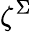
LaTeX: \zeta^{\Sigma}